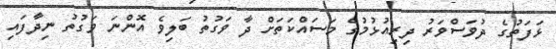
ޅަފަތުގެ ދުވަސްވަރު ދިރިއުޅުމުގެ މަސައްކަތަށް ދާ ވަގުތު ބަލިވެ އޮންނަ ވަގުތު ނިދާފައި